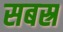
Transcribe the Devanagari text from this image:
सबस्र